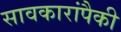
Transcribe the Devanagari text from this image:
सावकारांपैकी